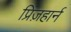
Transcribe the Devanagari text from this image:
प्रिंज़हार्न